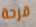
قرحة